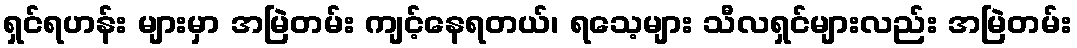
ရှင်ရဟန်း များမှာ အမြဲတမ်း ကျင့်နေရတယ်၊ ရသေ့များ သီလရှင်များလည်း အမြဲတမ်း